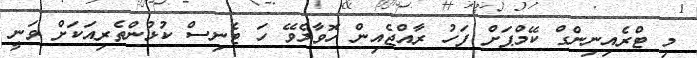
މި ޓްރެއިނިންގް ކޭމްޕަށް ފަހު ރާއްޖެއިން ހޮވާލެވޭ ހަ ޓެނިސް ކުޅުންތެރިއަކަށް ވަނީ